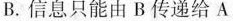
B.信息只能由B传递给A